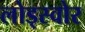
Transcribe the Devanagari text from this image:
लोड्स्वोर